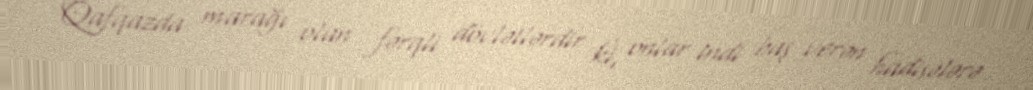
Qafqazda marağı olan fərqli dövlətlərdir ki, onlar indi baş verən hadisələrə